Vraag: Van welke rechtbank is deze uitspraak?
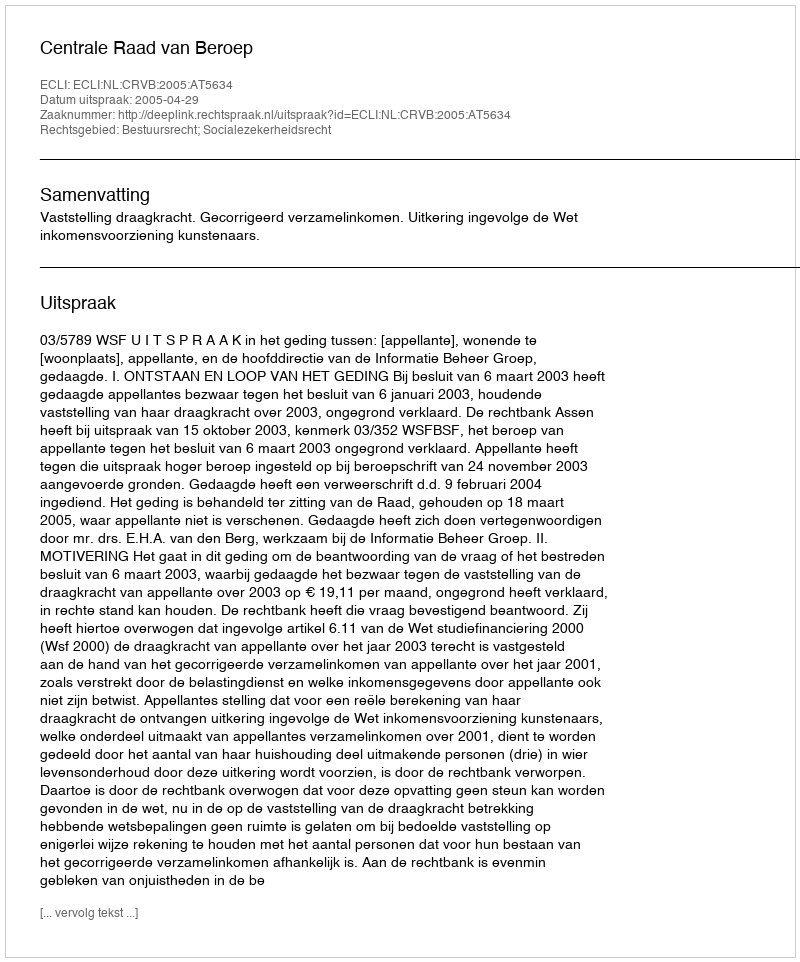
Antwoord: Centrale Raad van Beroep